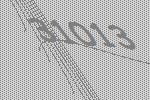
31013